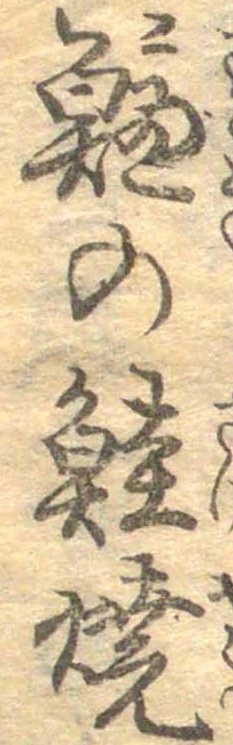
鱸の鮭焼